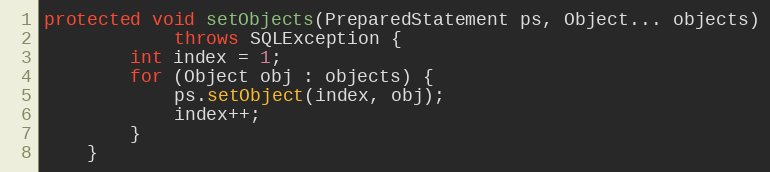
Language: Java
protected void setObjects(PreparedStatement ps, Object... objects)
            throws SQLException {
        int index = 1;
        for (Object obj : objects) {
            ps.setObject(index, obj);
            index++;
        }
    }